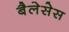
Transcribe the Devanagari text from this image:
बैलेसेस